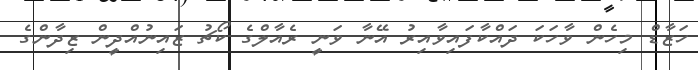
ހަޒާޑް މިހެން ވާހަކަ ދައްކާފައިވާއިރު އޭނާ ވަނީ ރެއާލްގެ ކޯޗު ޒައިނުއްދީން ޒިދާންގެ